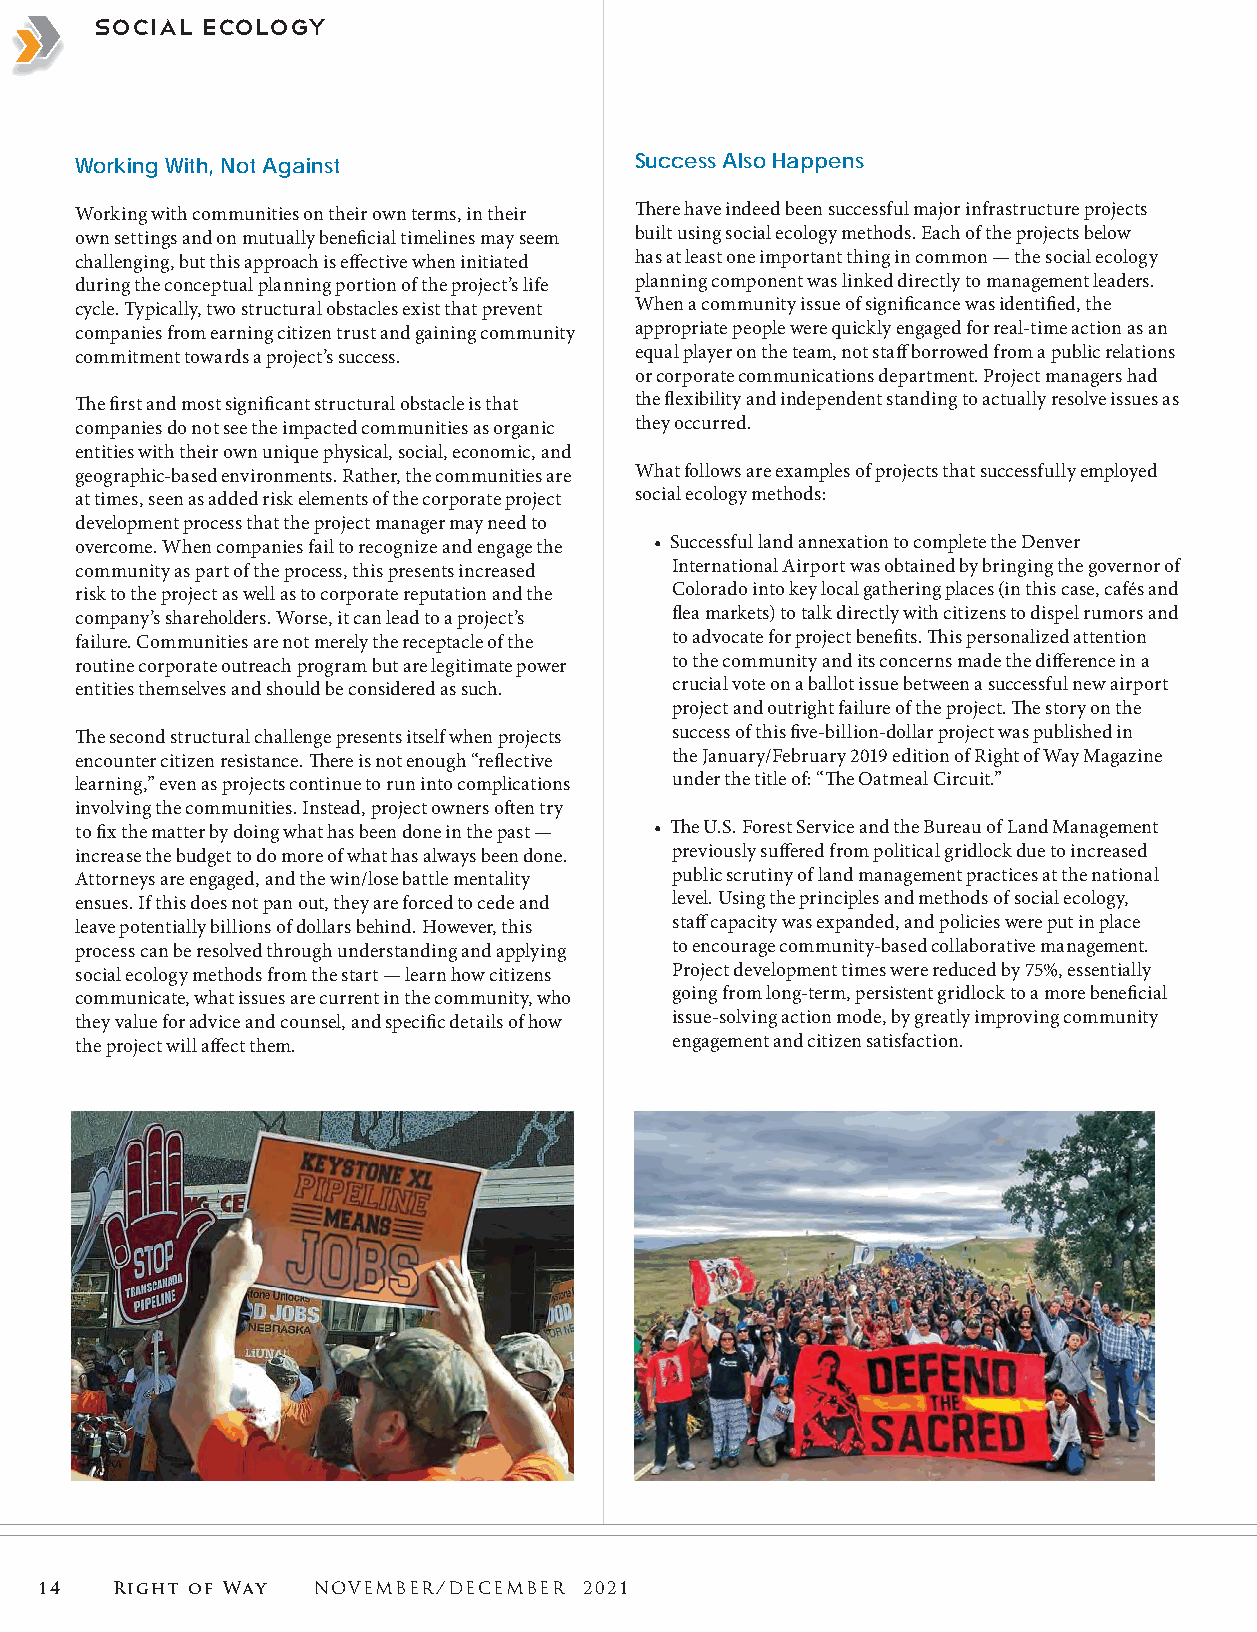
bSuosciniaels sE cEoslsoegnytials
 Working With, Not Against            Success Also Happens
 Working with communities on their own terms, in their There have indeed been successful major infrastructure projects
 own settings and on mutually beneficial timelines may seem built using social ecology methods. Each of the projects below
 challenging, but this approach is effective when initiated has at least one important thing in common — the social ecology
 during the conceptual planning portion of the project’s life planning component was linked directly to management leaders.
 cycle. Typically, two structural obstacles exist that prevent When a community issue of significance was identified, the
 companies from earning citizen trust and gaining community appropriate people were quickly engaged for real-time action as an
 commitment towards a project’s success. equal player on the team, not staff borrowed from a public relations
 or corporate communications department. Project managers had
 The first and most significant structural obstacle is that the flexibility and independent standing to actually resolve issues as
 companies do not see the impacted communities as organic they occurred.
 entities with their own unique physical, social, economic, and
 geographic-based environments. Rather, the communities are What follows are examples of projects that successfully employed
 at times, seen as added risk elements of the corporate project social ecology methods:
 development process that the project manager may need to
 overcome. When companies fail to recognize and engage the • Successful land annexation to complete the Denver
 community as part of the process, this presents increased International Airport was obtained by bringing the governor of
 risk to the project as well as to corporate reputation and the Colorado into key local gathering places (in this case, cafés and
 company’s shareholders. Worse, it can lead to a project’s flea markets) to talk directly with citizens to dispel rumors and
 failure. Communities are not merely the receptacle of the to advocate for project benefits. This personalized attention
 routine corporate outreach program but are legitimate power to the community and its concerns made the difference in a
 entities themselves and should be considered as such. crucial vote on a ballot issue between a successful new airport
 project and outright failure of the project. The story on the
 The second structural challenge presents itself when projects success of this five-billion-dollar project was published in
 encounter citizen resistance. There is not enough “reflective the January/February 2019 edition of Right of Way Magazine
 learning,” even as projects continue to run into complications under the title of: “The Oatmeal Circuit.”
 involving the communities. Instead, project owners often try
 to fix the matter by doing what has been done in the past — • The U.S. Forest Service and the Bureau of Land Management
 increase the budget to do more of what has always been done. previously suffered from political gridlock due to increased
 Attorneys are engaged, and the win/lose battle mentality public scrutiny of land management practices at the national
 ensues. If this does not pan out, they are forced to cede and level. Using the principles and methods of social ecology,
 leave potentially billions of dollars behind. However, this staff capacity was expanded, and policies were put in place
 process can be resolved through understanding and applying to encourage community-based collaborative management.
 social ecology methods from the start — learn how citizens Project development times were reduced by 75%, essentially
 communicate, what issues are current in the community, who going from long-term, persistent gridlock to a more beneficial
 they value for advice and counsel, and specific details of how issue-solving action mode, by greatly improving community
 the project will affect them.          engagement and citizen satisfaction.
 14   Right of Way  NOVEMBER/DECEMBER 2021